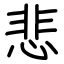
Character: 悲